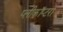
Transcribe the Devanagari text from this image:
प्लीकॉप्टरा